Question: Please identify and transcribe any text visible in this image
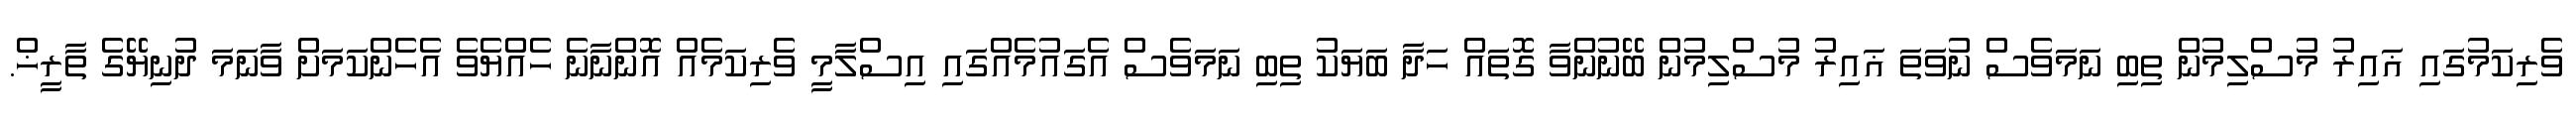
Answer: ވެރިކަމުގައި ޣައިރު މުސްލިމުން ތިބި ނަމަވެސް ނުވަތަ ޣައިރު މުސްލިމުން ބޭނުންވާ ގޮތައް ހަދާ ބަޔަކު ތިބި ނަމަވެސް އެގައުމެއްގައި އިސްލާމީ ވެރިކަމެއް އޮންނާނެ ހެއްޔެވެ އެހެންކަމަށް ވާނަމަ ދުނިޔޭގެ ތާރީޚް.